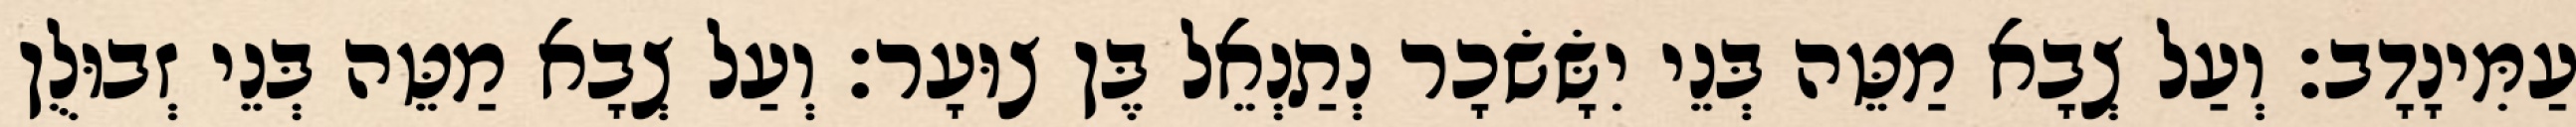
עַמִּינָדָב׃ וְעַל צְבָא מַטֵּה בְּנֵי יִשָּׂשׂכָר נְתַנְאֵל בֶּן צוּעָר׃ וְעַל צְבָא מַטֵּה בְּנֵי זְבוּלֻן